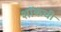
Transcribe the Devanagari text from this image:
शॉकची